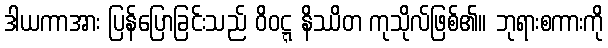
ဒါယကာအား ပြန်ပြောခြင်းသည် ဝိဝဋ္ဋ နိဿိတ ကုသိုလ်ဖြစ်၏။ ဘုရားစကားကို